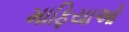
માફિયાઓ